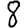
Digit: 8